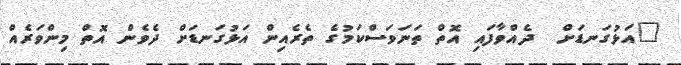
"އަޅުގަނޑަށް  ދެއްވާފައި އޮތް ތަނަވަސްކަމުގެ ތެރެއިން އަޅުގަނޑަށް ދެވެން އޮތް މިންވަރެއް